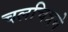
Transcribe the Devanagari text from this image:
चलचित्रमे